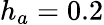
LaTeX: h_{a}=0.2